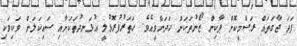
ފަދަ ޖާގަތައް ރަސްމީކޮށް ޕާކިން ޒޯނުތަކަށް ހަދަންވީއެވެ. ހަތަރުފުރޮޅުލީ އުޅަނދުތަކަށާއި ސައިކަލަށް ވަކިވަކި